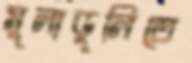
মুলাডুলিতে